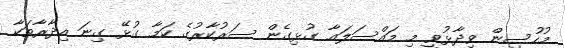
މުހުސިން ވިދާޅުވީ މި މައްސަލައާ ގުޅިގެން ސަރުކާރުގެ ކަމާ ގުޅޭ ގިނަ އިދާރާތަކާ